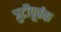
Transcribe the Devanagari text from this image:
त्रुटीपूर्वक